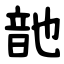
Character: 䪧